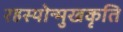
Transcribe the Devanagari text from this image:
रहस्योन्मुखकृति